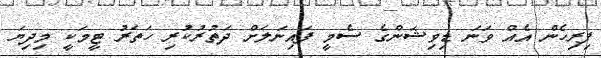
ފިރިހެން އެއް ވަނަ ޑިވިޝަންގެ ސެމީ ފައިނަލަށް ދަތުރުކުރި ހަތަރު ޓީމަކީ މިދިޔަ